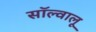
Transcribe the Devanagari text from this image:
सॉल्वालू